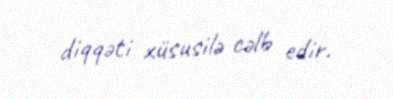
diqqəti xüsusilə cəlb edir.